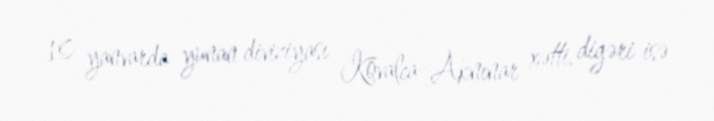
10 yanvarda yunan diviziyası Kovalca–Aknınar xətti, digəri isə